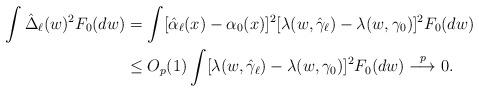
LaTeX: \begin{align*}\int\hat{\Delta}_{\ell}(w)^{2}F_{0}(dw) & =\int[\hat{\alpha}_{\ell}(x)-\alpha_{0}(x)]^{2}[\lambda(w,\hat{\gamma}_{\ell})-\lambda(w,\gamma_{0})]^{2}F_{0}(dw)\\& \leq O_{p}(1)\int[\lambda(w,\hat{\gamma}_{\ell})-\lambda(w,\gamma_{0})]^{2}F_{0}(dw)\overset{p}{\longrightarrow}0.\end{align*}